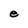
Character: e